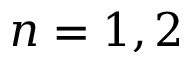
n = 1 , 2